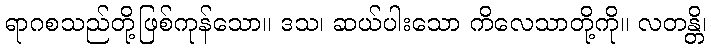
ရာဂစသည်တို့ဖြစ်ကုန်သော။ ဒသ၊ ဆယ်ပါးသော ကိလေသာတို့ကို။ လတန္တိ၊